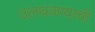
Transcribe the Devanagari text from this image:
उलथवण्याची